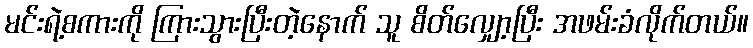
မင်းရဲ့စကားကို ကြားသွားပြီးတဲ့နောက် သူ စိတ်လျှော့ပြီး အဖမ်းခံလိုက်တယ်။